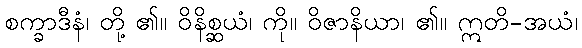
စက္ခာဒီနံ၊ တို့ ၏။ ဝိနိစ္ဆယံ၊ ကို။ ဝိဇာနိယာ၊ ၏။ ဣတိ-အယံ၊